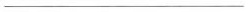
\underline